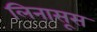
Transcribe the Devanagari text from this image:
लिनासूस